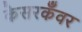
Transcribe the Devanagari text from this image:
केसरकँवर